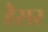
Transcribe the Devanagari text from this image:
हैैसर